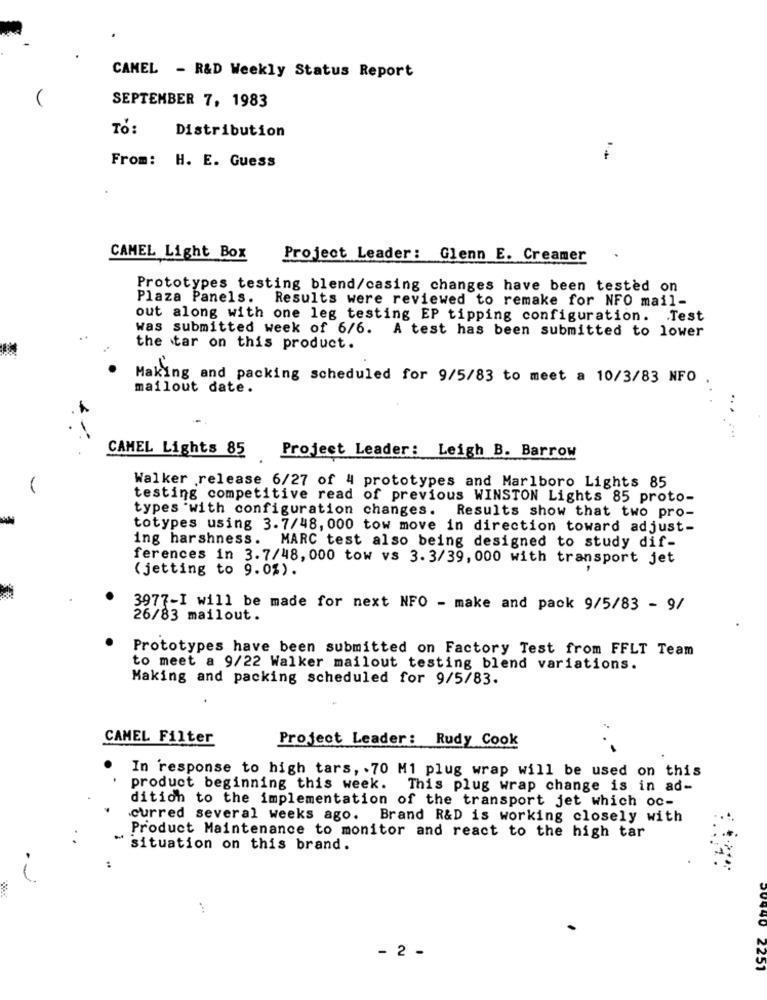
CAMEL - R&D Weekly Status Report
SEPTEMBER 7, 1983
TO:
Distribution
From: H. E. Guess
CAMEL Light Box
Project Leader: Glenn E. Creamer
Prototypes testing blend/casing changes have been tested on
Plaza Panels. Results were reviewed to remake for NFO mail-
out along with one leg testing EP tipping configuration. . Test
Was submitted week of 6/6. A test has been submitted to lower
the tar on this product.
Making and packing scheduled for 9/5/83 to meet a 10/3/83 NFO
mailout date.
CAMEL Lights 85 Project Leader: Leigh B. Barrow
Walker release 6/27 of 4 prototypes and Marlboro Lights 85
testing competitive read of previous WINSTON Lights 85 proto-
types with configuration changes. Results show that two pro-
totypes using 3.7/48, 000 tow move in direction toward adjust-
ing harshness.
MARC test also being designed to study dif-
ferences in 3.7/48, 000 tow vs 3.3/39, 000 with transport jet
(jetting to 9.0%).
3977-I will be made for next NFO - make and pack 9/5/83 - 9/
26/83 mailout.
Prototypes have been submitted on Factory Test from FFLT Team
to meet a 9/22 Walker mailout testing blend variations.
Making and packing scheduled for 9/5/83.
CAMEL Filter
Project Leader: Rudy Cook
In response to high tars, . 70 M1 plug wrap will be used on this
product beginning this week. This plug wrap change is in ad-
dition to the implementation of the transport jet which oc-
curred several weeks ago. Brand R&D is working closely with
Product Maintenance to monitor and react to the high tar
situation on this brand.
:
...
- 2 -
2251